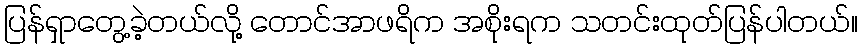
ပြန်ရှာတွေ့ခဲ့တယ်လို့ တောင်အာဖရိက အစိုးရက သတင်းထုတ်ပြန်ပါတယ်။